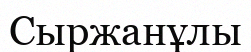
Сыржанұлы